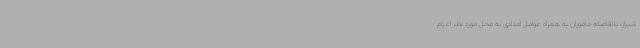
شیراز، بلافاصله ماموران به همراه عوامل امدادی به محل مورد نظر اعزام